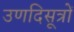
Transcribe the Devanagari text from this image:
उणदिसूत्रों